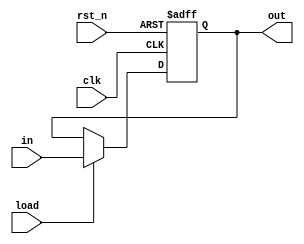
module asyn_load(rst_n, clk, load, in, out);
	input rst_n;
	input clk;
	input load;
	input [3:0] in;
	output [3:0] out;
	
	reg [3:0] out;
	
	always @(posedge clk or negedge rst_n) begin

		if(!rst_n)
			out <= 4'b0;
		else if(load)
			out <= in;
	end
endmodule